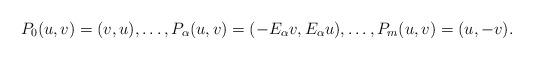
LaTeX: \begin{align*}P_0(u,v)=(v,u), \dots , P_\alpha (u,v)=(-E_\alpha v, E_\alpha u), \dots , P_m(u,v)=(u,-v).\end{align*}